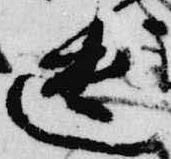
遺